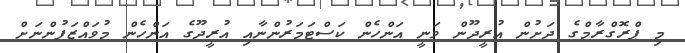
މި ޕްރޮގްރާމްގެ ދަށުން އުރީދޫން ވަނީ އަންހެން ކަސްޓަމަރުންނާއި އުރީދޫގެ އަންހެން މުވައްޒަފުންނަށް